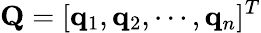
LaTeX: \mathbf{Q}=[\mathbf{q}_{1},\mathbf{q}_{2},\cdots,\mathbf{q}_{n}]^{T}